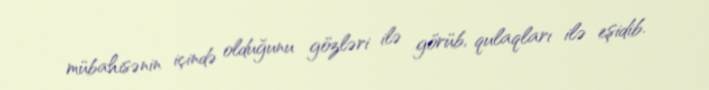
mübahisənin içində olduğunu gözləri ilə görüb, qulaqları ilə eşidib.